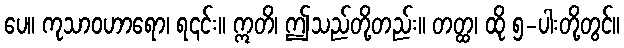
ပေ။ ကုသာဝဟာရော၊ ရ၎င်း။ ဣတိ၊ ဤသည်တို့တည်း။ တတ္ထ၊ ထို ၅-ပါးတို့တွင်။